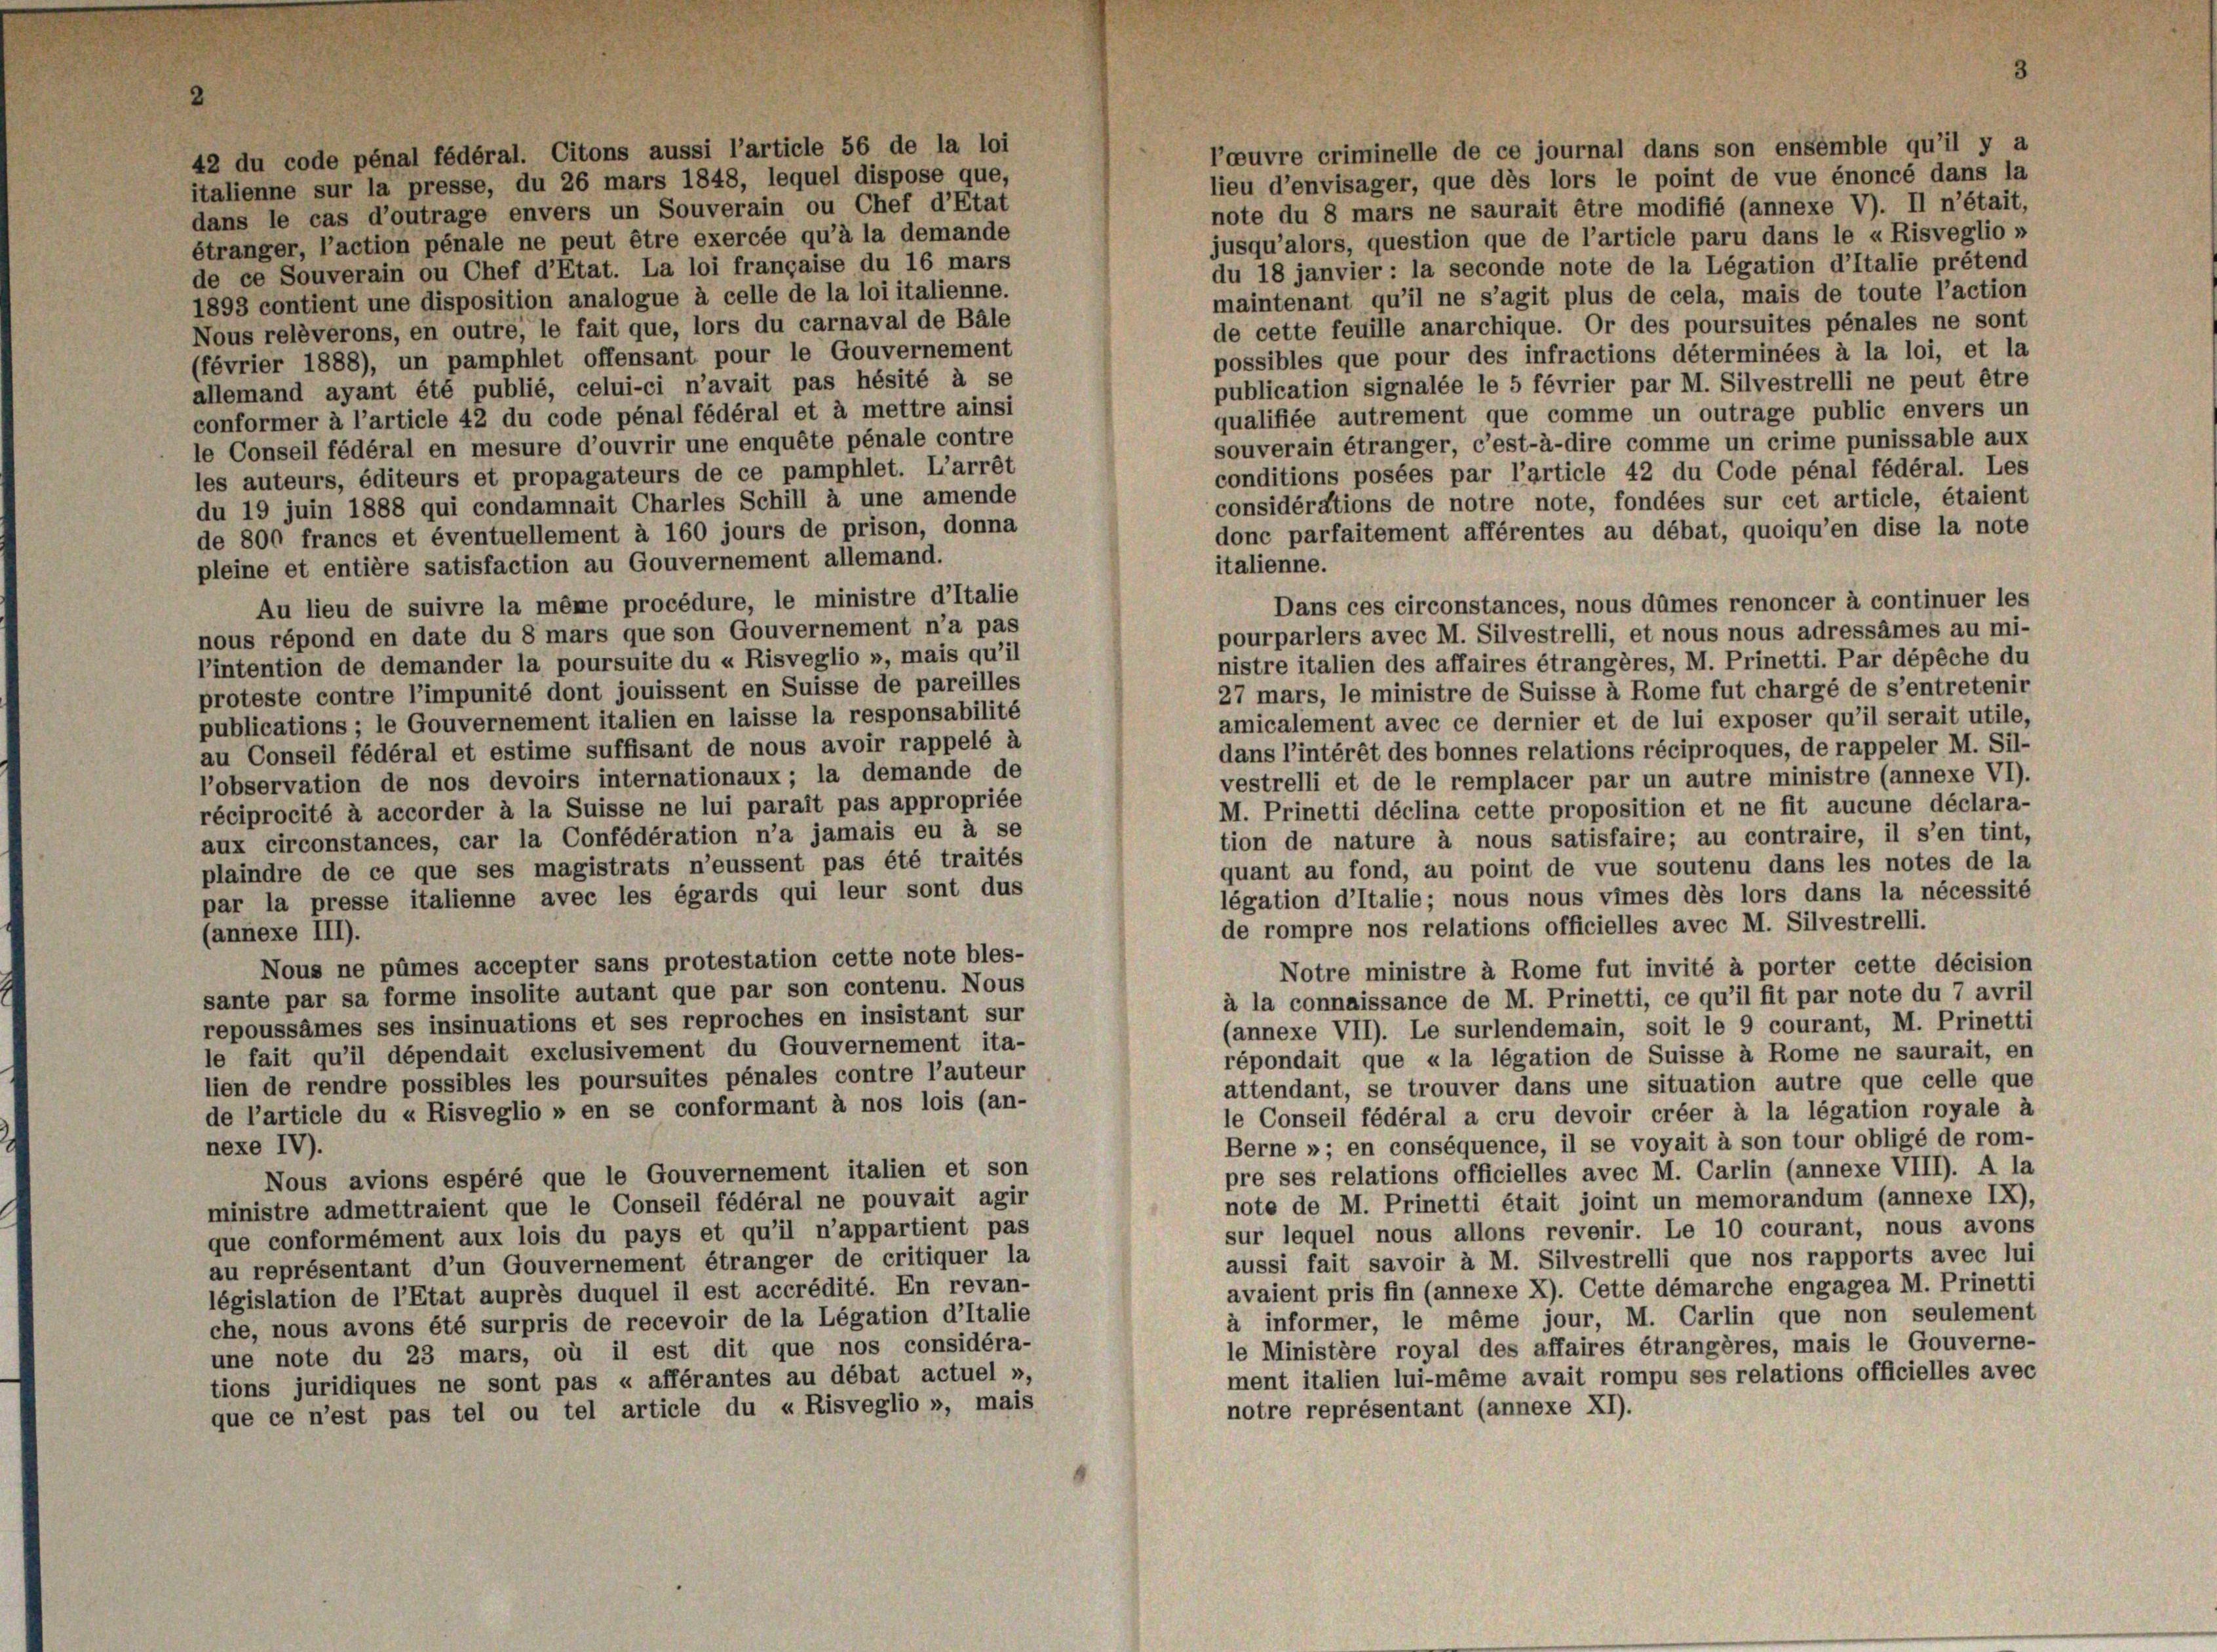
l’oeuvre criminelle de ce journal dans son ensemble qu’il y
42 du code pénal fédéral. Citons aussi l’article 56 de la loi
lieu d’envisager, que dès lors le point de vue énoncé dans la
italienne sur la presse, du 26 mars 1848, lequel dispose que,
note du 8 mars ne saurait être modifié (annexe V). Il n’était,
dans le cas d’outrage envers un Souverain ou Chef d’Etat
jusqu’alors, question que de l’article paru dans le «Risveglio n
étranger, l’action pénale ne peut être exercée qu’à la demande
du 18 janvier : la seconde note de la Légation d’Italie prétend
de ce Souverain ou Chef d’Etat. La loi française du 16 mars
maintenant qu’il ne s’agit plus de cela, mais de toute l’action
1893 contient une disposition analogue à celle de la loi italienne.
de cette feuille anarchique. Or des poursuites pénales ne sont
Nous relèverons, en outre, le fait que, lors du carnaval de Bäle
possibles que pour des infractions déterminées à la loi, et la
(février 1888), un pamphlet offensant pour le Gouvernement
publication signalée le 5 février par M. Silvestrelli ne peut être
allemand ayant été publié, celui-ci n’avait pas hésité à se
qualifiée autrement que comme un outrage public envers un
conformer à l’article 42 du code pénal fédéral et à mettre ainsi
souverain étranger, c’est-à-dire comme un crime punissable aux
le Conseil fédéral en mesure d’ouvrir une enquête pénale contre
conditions posées par l’article 42 du Code pénal fédéral. Les
les auteurs, éditeurs et propagateurs de ce pamphlet. L’arrêt
considérations de notre note, fondées sur cet article, étaient
du 19 juin 1888 qui condamnait Charles Schill à une amende
donc parfaitement afférentes au débat, quoiqu’en dise la note
de 800 francs et éventuellement à 160 jours de prison, donna
pleine et entière satisfaction au Gouvernement allemand.
italienne.
Au lieu de suivre la même procédure, le ministre d’Italie
Dans ces circonstances, nous dûmes renoncer à continuer les
nous répond en date du 8 mars que son Gouvernement n’a pas
pourparlers avec M. Silvestrelli, et nous nous adressames au mi-
nistre italien des affaires étrangères, M. Prinetti. Par dépêche du
l’intention de demander la poursuite du «Risveglio », mais qu’il
proteste contre l’impunité dont jouissent en Suisse de pareilles
27 mars, le ministre de Suisse à Rome fut chargé de s’entretenir
amicalement avec ce dernier et de lui exposer qu’il serait utile,
publications; le Gouvernement italien en laisse la responsabilité
au Conseil fédéral et estime suffisant de nous avoir rappelé à
dans l’intérêt des bonnes relations réciproques, de rappeler M. Sil-
l’observation de nos devoirs internationaux; la demande de
vestrelli et de le remplacer par un autre ministre (annexe VI).
M. Prinetti déclina cette proposition et ne fit aucune déclara-
réciprocité à accorder à la Suisse ne lui parait pas appropriée
aux circonstances, car la Confédération n’a jamais eu à se
tion de nature à nous satisfaire; au contraire, il s’en tint,
quant au fond, au point de vue soutenu dans les notes de la
plaindre de ce que ses magistrats n’eussent pas été traités
légation d’Italie; nous nous vimes dès lors dans la nécessitt
par la presse italienne avec les égards qui leur sont dus
de rompre nos relations officielles avec M. Silvestrelli.
(annexe III).
Nous ne pümes accepter sans protestation cette note bles-
Notre ministre à Rome fut invité à porter cette décision
sante par sa forme insolite autant que par son contenu. Nous
à la connaissance de M. Prinetti, ce qu’il fit par note du 7 avril
repoussames ses insinuations et ses reproches en insistant sur
(annexe VII). Le surlendemain, soit le 9 courant, M. Prinetti
le fait qu’il dépendait exclusivement du Gouvernement ita-
répondait que « la légation de Suisse à Rome ne saurait, en
lien de rendre possibles les poursuites pénales contre l’auteur
attendant, se trouver dans une situation autre que celle que
de l’article du «Risveglio » en se conformant à nos lois (an-
le Conseil fédéral a cru devoir créer à la légation royale à
Berne »; en conséquence, il se voyait à son tour obligé de rom-
nexe IV).
pre ses relations officielles avec M. Carlin (annexe VIII). A la
Nous avions espéré que le Gouvernement italien et son
note de M. Prinetti était joint un memorandum (annexe IX),
ministre admettraient que le Conseil fédéral ne pouvait agir
sur lequel nous allons revenir. Le 10 courant, nous avons
que conformément aux lois du pays et qu’il n’appartient pas
aussi fait savoir à M. Silvestrelli que nos rapports avec lui
au représentant d’un Gouvernement étranger de critiquer la
avaient pris fin (annexe X). Cette démarche engagea M. Prinetti
législation de l’Etat auprès duquel il est accrédité. En revan-
à informer, le même jour, M. Carlin que non seulemen,
che, nous avons été surpris de recevoir de la Légation d’Italie
le Ministère royal des affaires étrangères, mais le Gouverne-
une note du 23 mars, où il est dit que nos considéra-
ment italien lui-même avait rompu ses relations officielles avec
tions juridiques ne sont pas « afférantes au débat actuel »,
notre représentant (annexe XI).
que ce n’est pas tel ou tel article du «Risveglio », mais